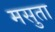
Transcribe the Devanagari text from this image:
मसुता